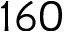
1 6 0